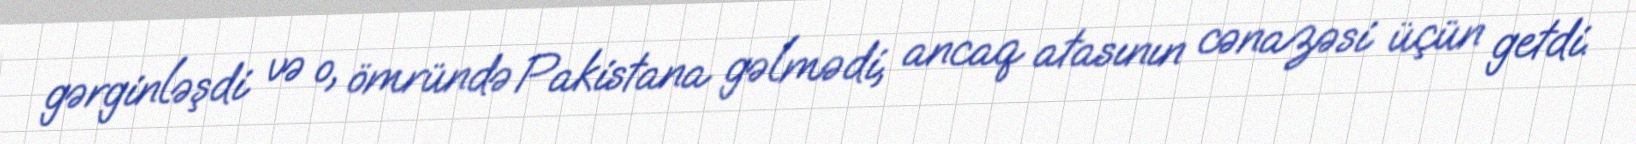
gərginləşdi və o, ömründə Pakistana gəlmədi, ancaq atasının cənazəsi üçün getdi.